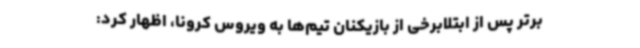
برتر پس از ابتلابرخی از بازیکنان تیم‌ها به ویروس کرونا، اظهار کرد: